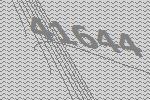
41644